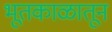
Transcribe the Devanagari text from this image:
भूतकाळातून